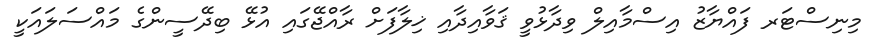
މިނިސްޓަރ ފައްޔާޒު އިސްމާއިލް ވިދާޅުވީ ޤަވާއިދާއި ޚިލާފަށް ރާއްޖޭގައި އުޅޭ ބިދޭސީންގެ މައްސަލައަކީ